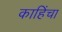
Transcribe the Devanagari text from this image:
काहिंचा